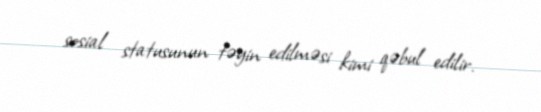
sosial statusunun təyin edilməsi kimi qəbul edilir.